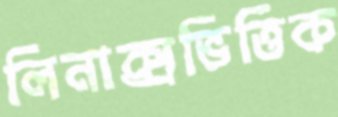
লিনাক্সভিত্তিক